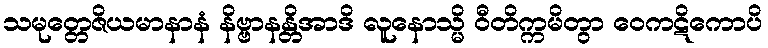
သမုတ္တေဇိယမာနာနံ နိဗ္ဗာနန္တိအာဒိ လူနောသ္မိ ဝီတိက္ကမိတွာ ဝေကဋိကောပိ